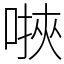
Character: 𫫄